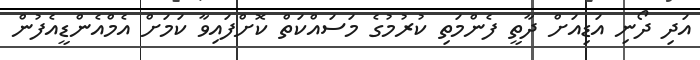
އަދި ދޯނި އަޑިއަށް ދާތީ ފެންމަތި ކުރުމުގެ މަސައްކަތް ކޮށްފައިވާ ކަމަށް އެމްއެންޑީއެފުން